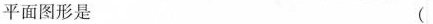
平面图形是 (